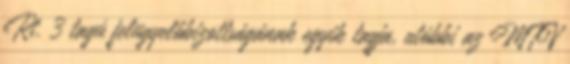
Rt. 3 tagú felügyelőbizottságának egyik tagja, utóbbi az MTV